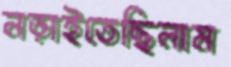
নড়াইতেছিলাম